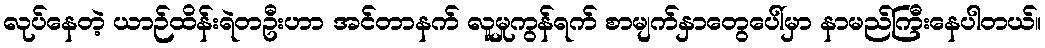
လုပ်နေတဲ့ ယာဉ်ထိန်းရဲတဦးဟာ အင်တာနက် လူမှုကွန်ရက် စာမျက်နှာတွေပေါ်မှာ နာမည်ကြီးနေပါတယ်။